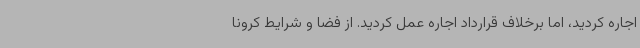
اجاره کردید، اما برخلاف قرارداد اجاره عمل کردید. از فضا و شرایط کرونا